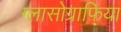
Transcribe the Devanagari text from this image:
ग्लासोग्राफिया